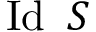
\operatorname { I d } \ S